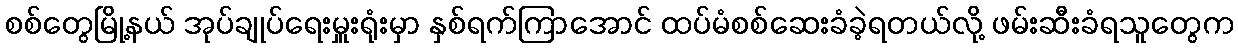
စစ်တွေမြို့နယ် အုပ်ချုပ်ရေးမှူးရုံးမှာ နှစ်ရက်ကြာအောင် ထပ်မံစစ်ဆေးခံခဲ့ရတယ်လို့ ဖမ်းဆီးခံရသူတွေက